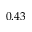
0 . 4 3